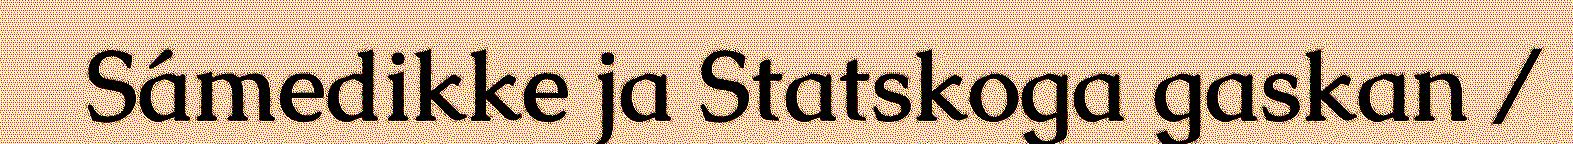
Sámedikke ja Statskoga gaskan /